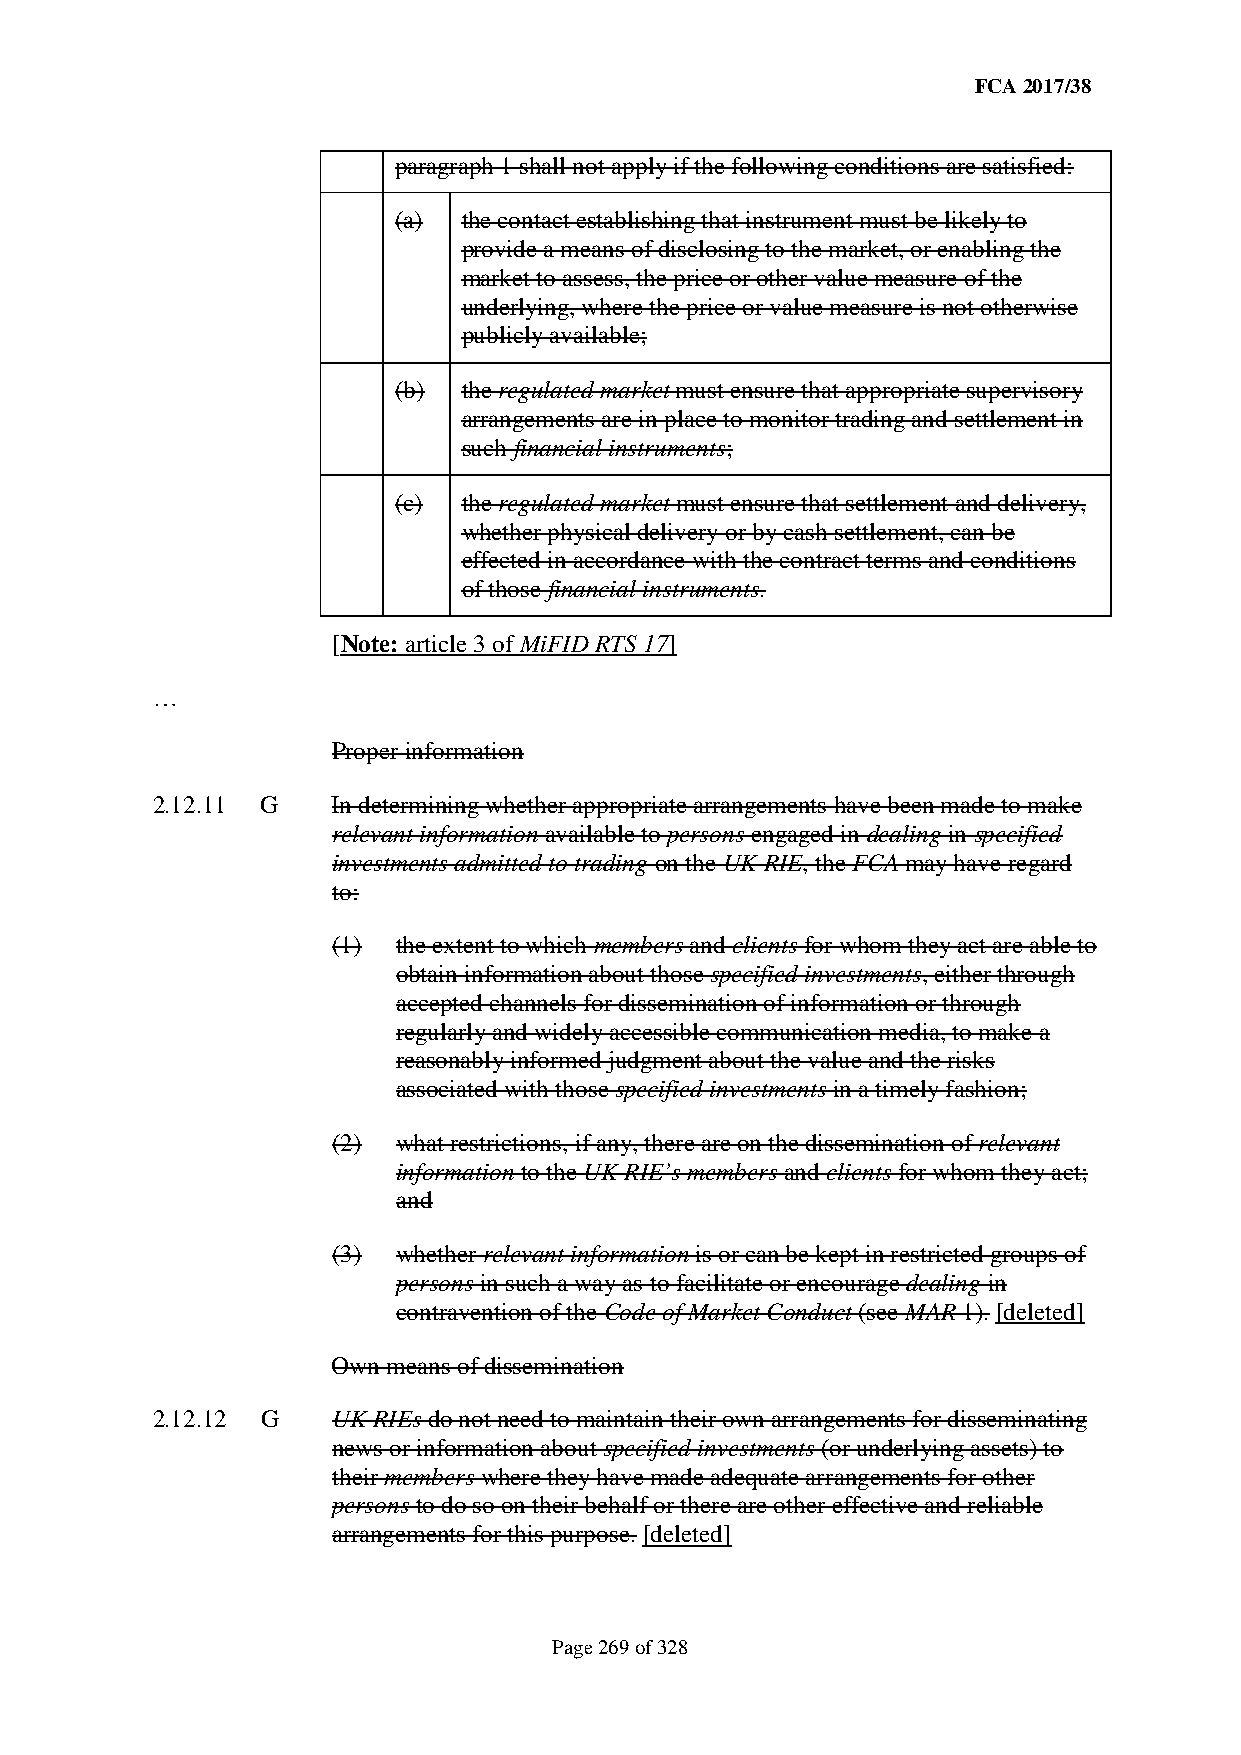
FCA 2017/38
 paragraph 1 shall not apply if the following conditions are satisfied:
 (a)  the contact establishing that instrument must be likely to
 provide a means of disclosing to the market, or enabling the
 market to assess, the price or other value measure of the
 underlying, where the price or value measure is not otherwise
 publicly available;
 (b)  the regulated market must ensure that appropriate supervisory
 arrangements are in place to monitor trading and settlement in
 such financial instruments;
 (c)  the regulated market must ensure that settlement and delivery,
 whether physical delivery or by cash settlement, can be
 effected in accordance with the contract terms and conditions
 of those financial instruments.
 [Note: article 3 of MiFID RTS 17]
 …
 Proper information
 2.12.11 G   In determining whether appropriate arrangements have been made to make
 relevant information available to persons engaged in dealing in specified
 investments admitted to trading on the UK RIE, the FCA may have regard
 to:
 (1) the extent to which members and clients for whom they act are able to
 obtain information about those specified investments, either through
 accepted channels for dissemination of information or through
 regularly and widely accessible communication media, to make a
 reasonably informed judgment about the value and the risks
 associated with those specified investments in a timely fashion;
 (2) what restrictions, if any, there are on the dissemination of relevant
 information to the UK RIE’s members and clients for whom they act;
 and
 (3) whether relevant information is or can be kept in restricted groups of
 persons in such a way as to facilitate or encourage dealing in
 contravention of the Code of Market Conduct (see MAR 1). [deleted]
 Own means of dissemination
 2.12.12 G   UK RIEs do not need to maintain their own arrangements for disseminating
 news or information about specified investments (or underlying assets) to
 their members where they have made adequate arrangements for other
 persons to do so on their behalf or there are other effective and reliable
 arrangements for this purpose. [deleted]
 Page 269 of 328